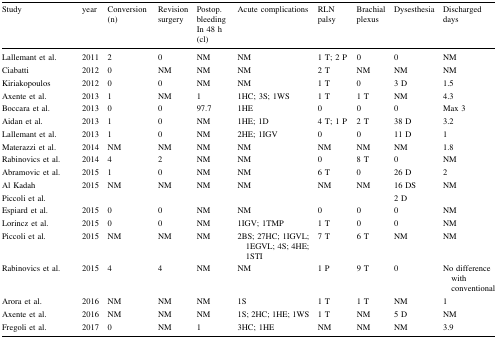
<table><thead><tr><td><b>Study</b></td><td><b>year</b></td><td><b>Conversion (n)</b></td><td><b>Revision surgery</b></td><td><b>Postop. bleeding In 48 h (cl)</b></td><td><b>Acute complications</b></td><td><b>RLN palsy</b></td><td><b>Brachial plexus</b></td><td><b>Dysesthesia</b></td><td><b>Discharged days</b></td></tr></thead><tbody><tr><td>Lallemant et al.</td><td>2011</td><td>2</td><td>0</td><td>NM</td><td>NM</td><td>1 T; 2 P</td><td>0</td><td>0</td><td>NM</td></tr><tr><td>Ciabatti</td><td>2012</td><td>0</td><td>NM</td><td>NM</td><td>NM</td><td>2 T</td><td>NM</td><td>NM</td><td>NM</td></tr><tr><td>Kiriakopoulos</td><td>2012</td><td>0</td><td>0</td><td>NM</td><td>NM</td><td>1 T</td><td>0</td><td>3 D</td><td>1.5</td></tr><tr><td>Axente et al.</td><td>2013</td><td>1</td><td>NM</td><td>1</td><td>1HC; 3S; 1WS</td><td>1 T</td><td>1 T</td><td>NM</td><td>4.3</td></tr><tr><td>Boccara et al.</td><td>2013</td><td>0</td><td>0</td><td>97.7</td><td>1HE</td><td>0</td><td>0</td><td>0</td><td>Max 3</td></tr><tr><td>Aidan et al.</td><td>2013</td><td>1</td><td>0</td><td>NM</td><td>1HE; 1D</td><td>4 T; 1 P</td><td>2 T</td><td>38 D</td><td>3.2</td></tr><tr><td>Lallemant et al.</td><td>2013</td><td>1</td><td>0</td><td>NM</td><td>2HE; 1IGV</td><td>0</td><td>0</td><td>11 D</td><td>1</td></tr><tr><td>Materazzi et al.</td><td>2014</td><td>NM</td><td>NM</td><td>NM</td><td>NM</td><td>NM</td><td>NM</td><td>NM</td><td>1.8</td></tr><tr><td>Rabinovics et al.</td><td>2014</td><td>4</td><td>2</td><td>NM</td><td>NM</td><td>0</td><td>8 T</td><td>0</td><td>NM</td></tr><tr><td>Abramovic et al.</td><td>2015</td><td>1</td><td>0</td><td>NM</td><td>NM</td><td>6 T</td><td>0</td><td>26 D</td><td>2</td></tr><tr><td>Al KadahPiccoli et al.</td><td>2015</td><td>NM</td><td>NM</td><td>NM</td><td>NM</td><td>NM</td><td>NM</td><td>16 DS2 D</td><td>NM</td></tr><tr><td>Espiard et al.</td><td>2015</td><td>0</td><td>0</td><td>NM</td><td>NM</td><td>0</td><td>0</td><td>0</td><td>NM</td></tr><tr><td>Lorincz et al.</td><td>2015</td><td>0</td><td>0</td><td>NM</td><td>1IGV; 1TMP</td><td>1 T</td><td>0</td><td>0</td><td>NM</td></tr><tr><td>Piccoli et al.</td><td>2015</td><td>NM</td><td>NM</td><td>NM</td><td>2BS; 27HC; 1IGVL; 1EGVL; 4S; 4HE; 1STI</td><td>7 T</td><td>6 T</td><td>NM</td><td>NM</td></tr><tr><td>Rabinovics et al.</td><td>2015</td><td>4</td><td>4</td><td>NM</td><td>NM</td><td>1 P</td><td>9 T</td><td>0</td><td>No difference with conventional</td></tr><tr><td>Arora et al.</td><td>2016</td><td>NM</td><td>NM</td><td>NM</td><td>1S</td><td>1 T</td><td>1 T</td><td>NM</td><td>1</td></tr><tr><td>Axente et al.</td><td>2016</td><td>NM</td><td>NM</td><td>NM</td><td>1S; 2HC; 1HE; 1WS</td><td>1 T</td><td>NM</td><td>5 D</td><td>NM</td></tr><tr><td>Fregoli et al.</td><td>2017</td><td>0</td><td>NM</td><td>1</td><td>3HC; 1HE</td><td>NM</td><td>NM</td><td>NM</td><td>3.9</td></tr></tbody></table>